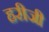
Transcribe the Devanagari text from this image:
हरीजी